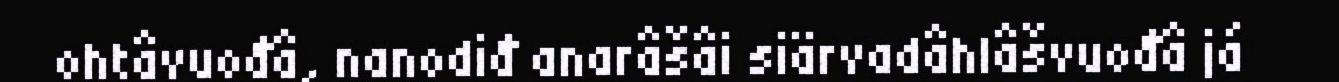
ohtâvuođâ, nanodiđ anarâšâi siärvadâhlâšvuođâ já